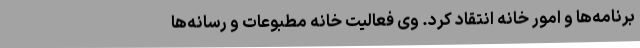
برنامه‌ها و امور خانه انتقاد کرد. وی فعالیت خانه مطبوعات و رسانه‌ها